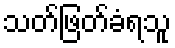
သတ်ဖြတ်ခံရသူ